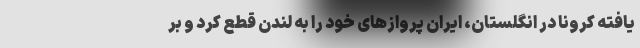
یافته کرونا در انگلستان، ایران پروازهای خود را به لندن قطع کرد و بر